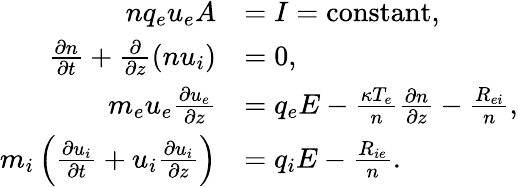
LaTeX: \begin{array}{rl}{nq_{e}u_{e}A}&{=I=\mathrm{constant},}\\ {\frac{\partial n}{\partial t}+\frac{\partial}{\partial z}(nu_{i})}&{=0,}\\ {m_{e}u_{e}\frac{\partial u_{e}}{\partial z}}&{=q_{e}E-\frac{\kappa T_{e}}{n}\frac{\partial n}{\partial z}-\frac{R_{ei}}{n},}\\ {m_{i}\left(\frac{\partial u_{i}}{\partial t}+u_{i}\frac{\partial u_{i}}{\partial z}\right)}&{=q_{i}E-\frac{R_{ie}}{n}.}\end{array}